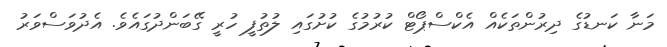
މަނާ ކަނޑުގެ ދިރުންތަކެއް އެކްސްޕޯޓް ކުރުމުގެ ކުށުގައި ލުތުފީ ހުރީ ގޭބަންދުގައެވެ. އެދުވަސްވަރު